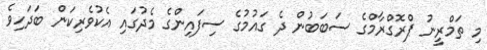
މި ތަމްރީނު ޕްރޮގްރާމްގެ ސަބަބުން ދެ ގައުމުގެ ސިފައިންގެ މެދުގައި އެކުވެރިކަން ބަދަހިވެ